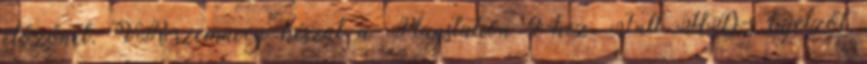
előzőnél. VR-szemüveg készül a Playstation 4-hez, Full HD-s kijelzőt